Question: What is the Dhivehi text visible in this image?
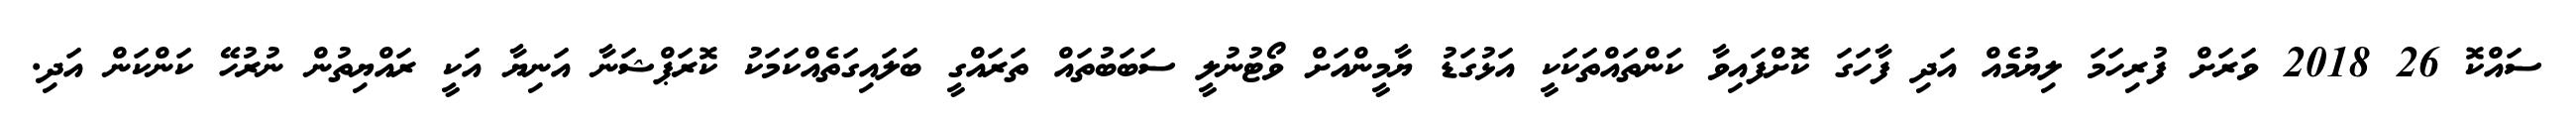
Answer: ސައްކޮ 26 2018 ވަރަށް ފުރިހަމަ ލިޔުމެއް އަދި ފާހަގަ ކޮށްފައިވާ ކަންތައްތަކަކީ އަޅުގަޑު ޔާމީންއަށް ވޯޓުނުލީ ސަބަބުތައް ތަރައްގީ ބަލައިގަތެއްކަމަކު ކޮރަޕްޝަނާ އަނިޔާ އަކީ ރައްޔިތުން ނުރުހޭ ކަންކަން އަދި.